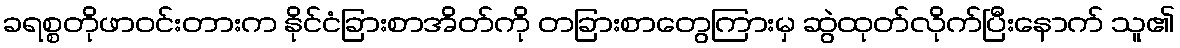
ခရစ္စတိုဖာဝင်းတားက နိုင်ငံခြားစာအိတ်ကို တခြားစာတွေကြားမှ ဆွဲထုတ်လိုက်ပြီးနောက် သူ၏